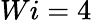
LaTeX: Wi=4